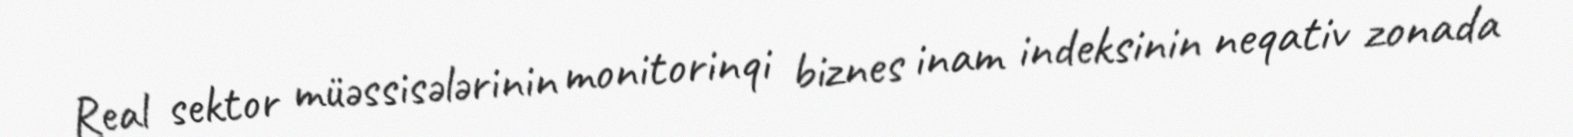
Real sektor müəssisələrinin monitorinqi biznes inam indeksinin neqativ zonada